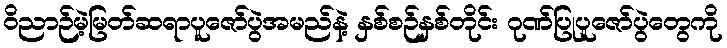
ဝိညာဉ်မဲ့မြတ်ဆရာပူဇော်ပွဲအမည်နဲ့ နှစ်စဉ်နှစ်တိုင်း ဂုဏ်ပြုပူဇော်ပွဲတွေကို